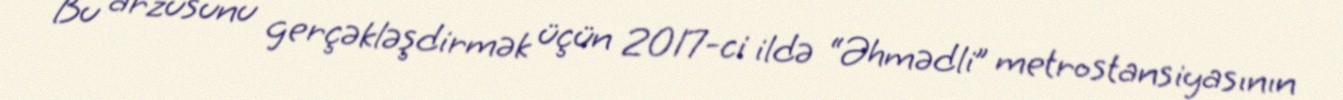
Bu arzusunu gerçəkləşdirmək üçün 2017-ci ildə “Əhmədli” metrostansiyasının